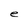
Character: e